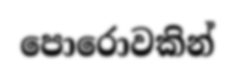
පොරොවකින්